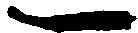
一